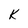
Character: K